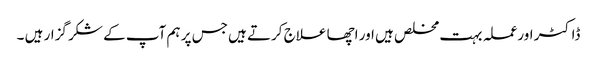
ڈاکٹر اورعملہ بہت مخلص ہیں اور اچھا علاج کرتے ہیں جس پر ہم آپ کے شکر گزار ہیں ۔